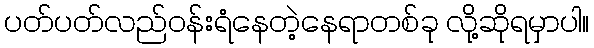
ပတ်ပတ်လည်ဝန်းရံနေတဲ့နေရာတစ်ခု လို့ဆိုရမှာပါ။